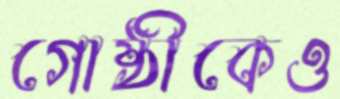
গোষ্ঠীকেও